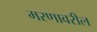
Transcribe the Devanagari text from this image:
मरणावरील